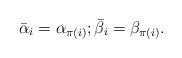
LaTeX: \begin{align*}\bar{\alpha}_i=\alpha_{\pi(i)};\bar{\beta}_i=\beta_{\pi(i)}.\end{align*}